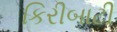
કિરીબાટી